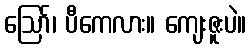
ဩော်၊ ပီကေလား။ ကျေးဇူးပဲ။